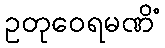
ဥတုဝေရမဏိံ